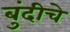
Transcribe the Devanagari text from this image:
बुंदीचे